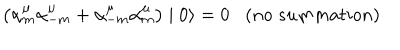
\left( { \alpha } _ { m } ^ { \mu } { \alpha } _ { - m } ^ { \mu } + { \alpha } _ { - m } ^ { \mu } { \alpha } _ { m } ^ { \mu } \right) \mid 0 \rangle = 0 ( n o \; s u m m a t i o n )